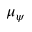
\mu _ { \psi }